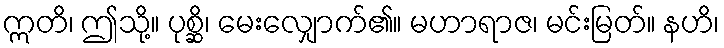
ဣတိ၊ ဤသို့။ ပုစ္ဆိ၊ မေးလျှောက်၏။ မဟာရာဇ၊ မင်းမြတ်။ နဟိ၊